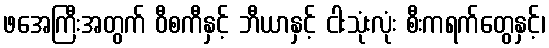
ဖအေကြီးအတွက် ဝီစကီနှင့် ဘီယာနှင့် ငါးသုံးလုံး စီးကရက်တွေနှင့်၊